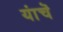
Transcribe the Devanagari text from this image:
यांचॆ